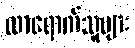
လာရောက်သူများ